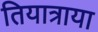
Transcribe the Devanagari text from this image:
तियात्राया